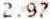
2.97